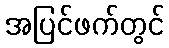
အပြင်ဖက်တွင်